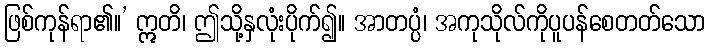
ဖြစ်ကုန်ရာ၏။’ ဣတိ၊ ဤသို့နှလုံးပိုက်၍။ အာတပ္ပံ၊ အကုသိုလ်ကိုပူပန်စေတတ်သော